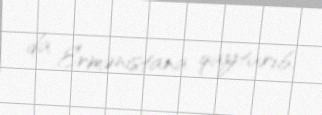
da Ermənistana qaytarıb.